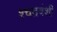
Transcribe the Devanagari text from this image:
श्चद्रवंशी